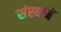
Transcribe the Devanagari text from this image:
संस्थानें